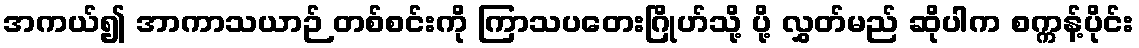
အကယ်၍ အာကာသယာဉ် တစ်စင်းကို ကြာသပတေးဂြိုဟ်သို့ ပို့ လွှတ်မည် ဆိုပါက စက္ကန့်ပိုင်း